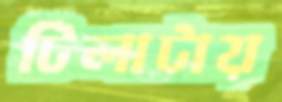
টিলাটায়